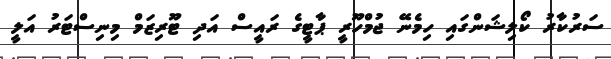
ސަރުކާރު ކޯލިޝަންގައި ހިމެނޭ ޖުމްހޫރީ ޕާޓީގެ ރައީސް އަދި ޓޫރިޒަމް މިނިސްޓަރު އަލީ